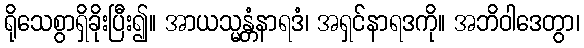
ရိုသေစွာရှိခိုးပြီး၍။ အာယသ္မန္တံနာရဒံ၊ အရှင်နာရဒကို။ အဘိဝါဒေတွာ၊